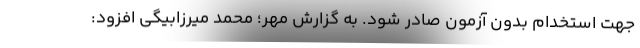
جهت استخدام بدون آزمون صادر شود. به گزارش مهر؛ محمد میرزابیگی افزود: